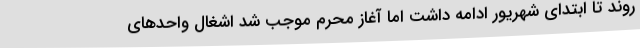
روند تا ابتدای شهریور ادامه داشت اما آغاز محرم موجب شد اشغال واحدهای